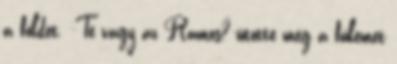
a földet. -Te vagy az Ramos?-ütötte meg a fülemet